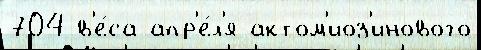
704 в'е́са апр'е́л'я актом'иоз'инового